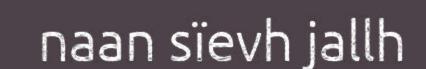
naan sïevh jallh